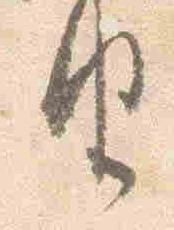
由